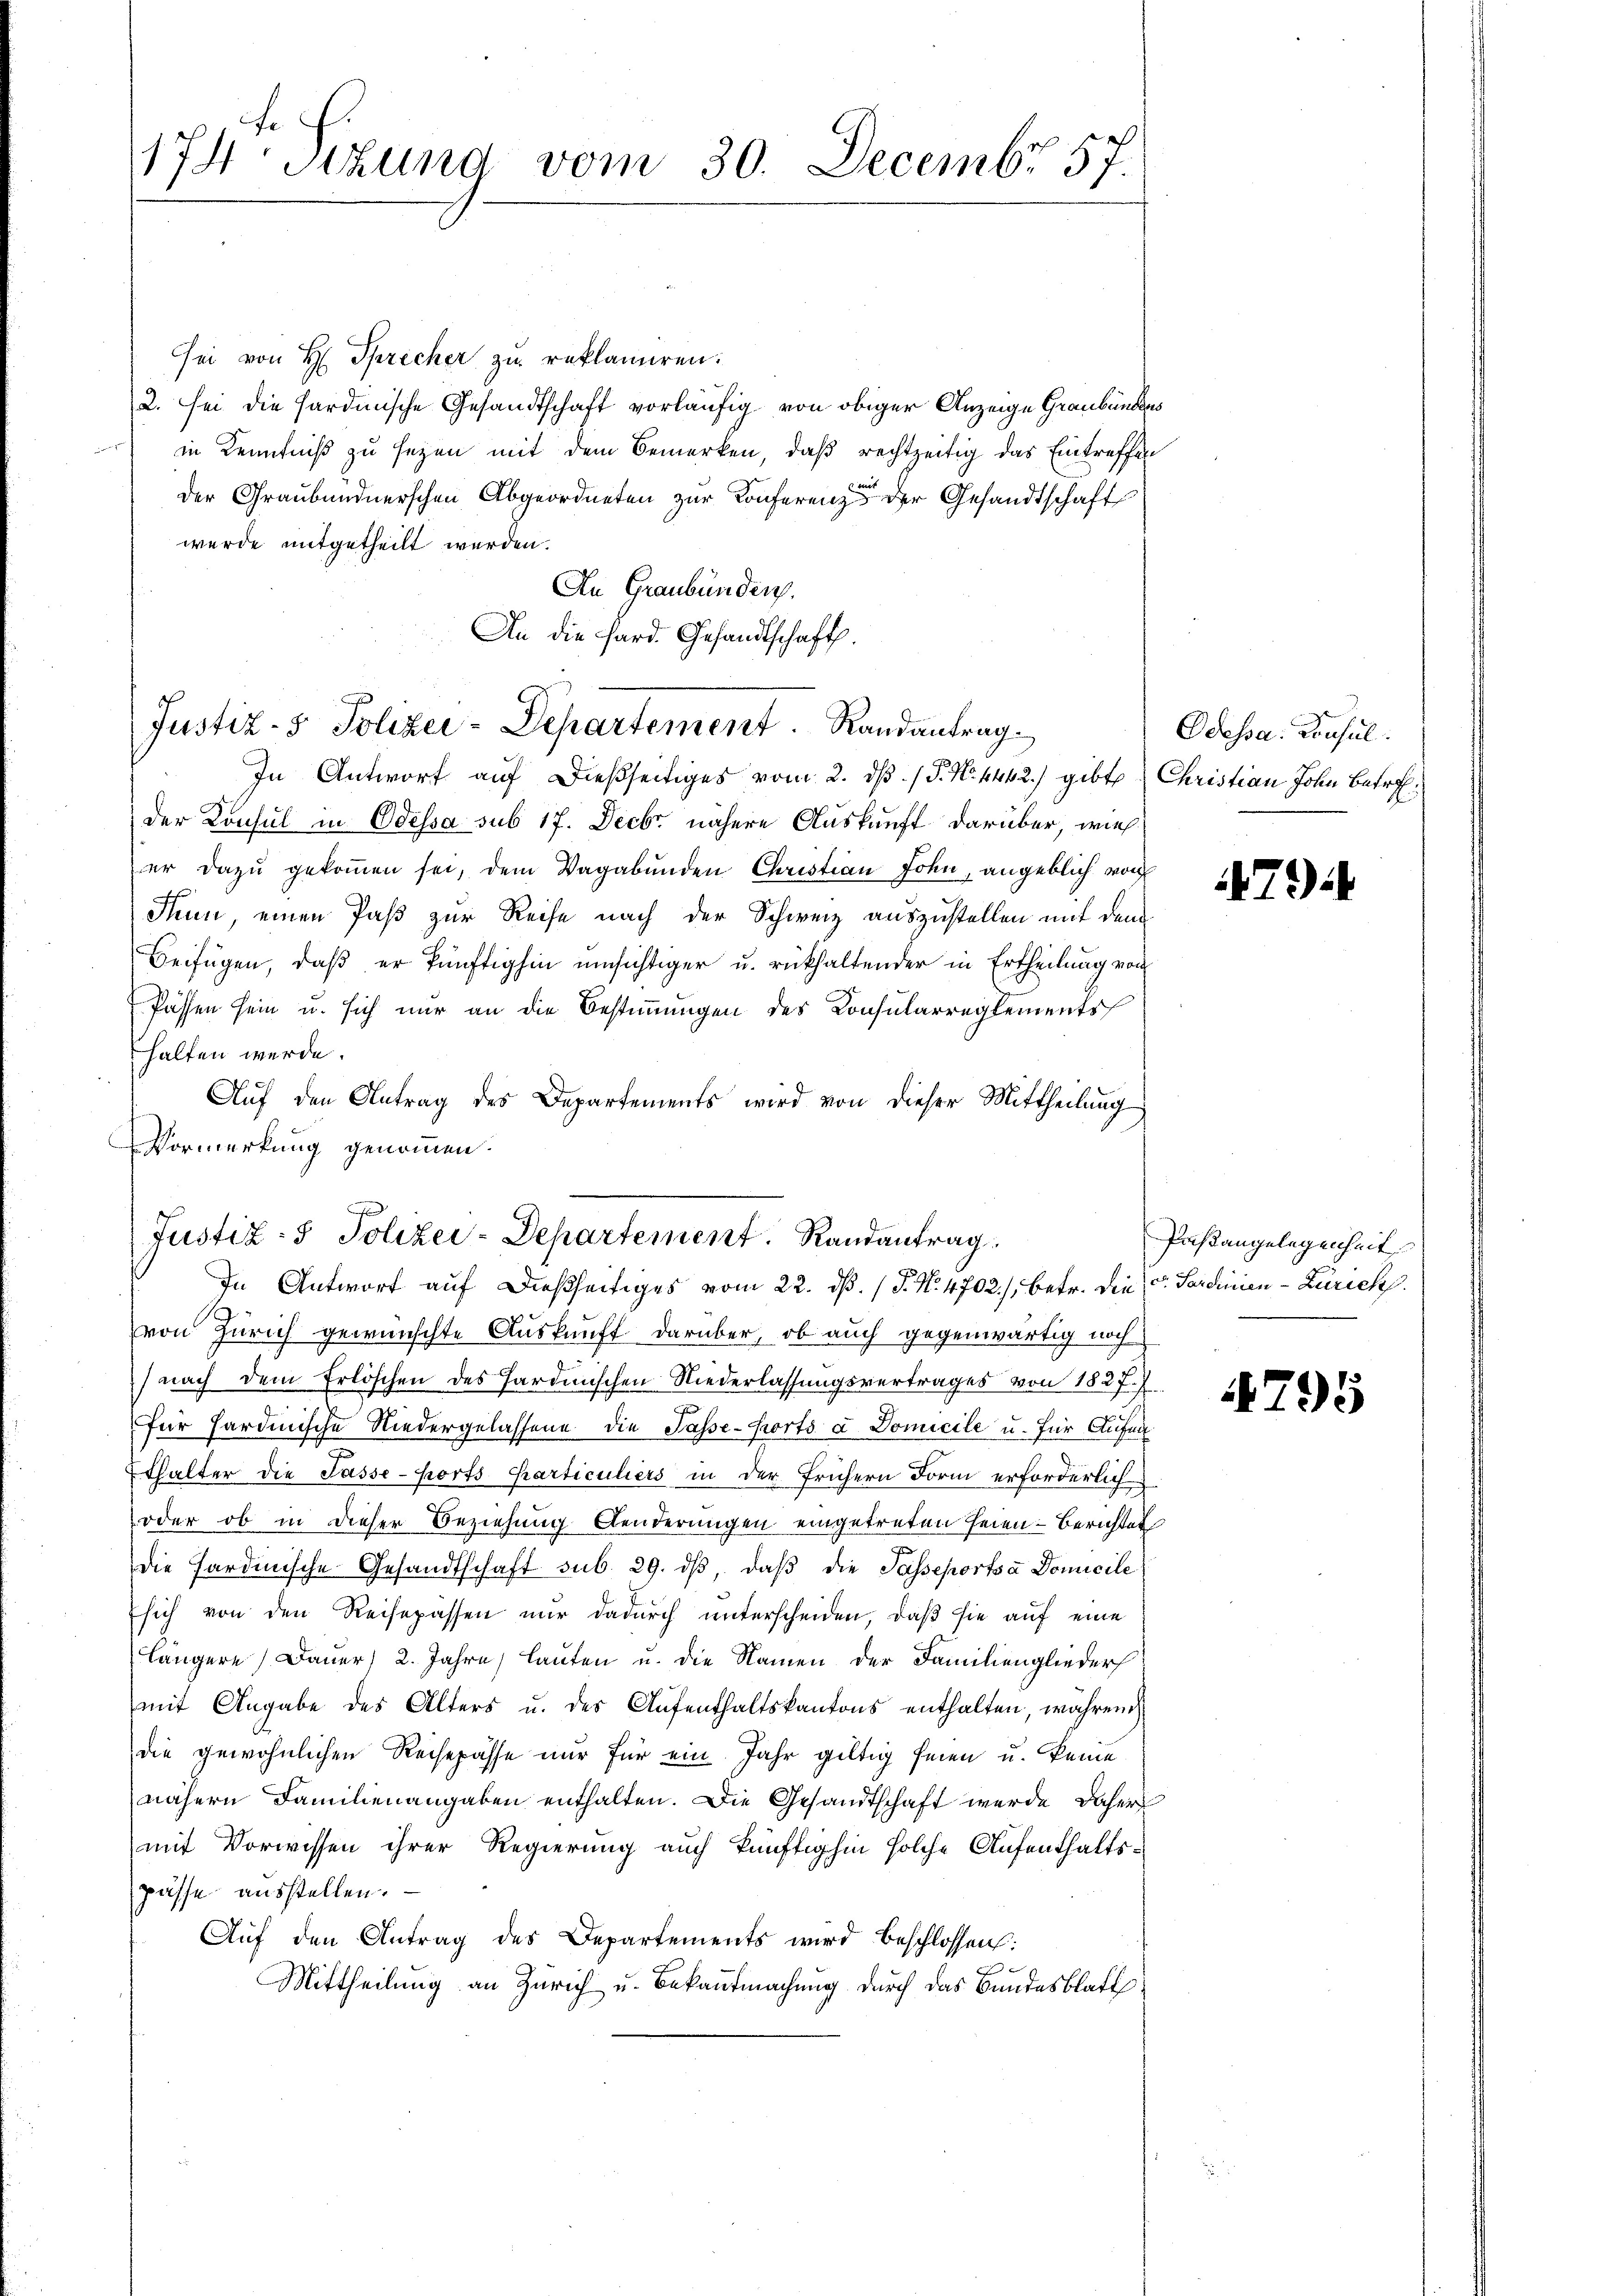
174 sizung vom 30. Decembr 57.

sei von H. Sprecher zu reklamiren.
2. sei die Sardinische Gesandtschaft vorläufig von obiger Anzeige Graubündens
in Kenntniß zu seyen mit dem Bemerken, daß rechtzeitig das Eintreffen
der Graubündnerschen Abgeordneten zur Konferenz der Gesandtschaft
wurde mitgetheilt werden.
An Graubünden.
An die Hard. Gesandtschaft.

Justiz- & Polizei-Departement. Randantrag

In Antwort auf dießseitiges vom 2. dß. / J. No. 4442) gibte Christian John Betref
der Konsul in Odessa sub 17. Decbr. nähere Auskunft darüber, wie
er dazu gekommen sei, dem Vagabunden Christian John, angeblich von
Sum, einen Paß zur Reise nach der Schweiz auszustellen mit dem
Beifügen, daß er künftighin umsichtiger u. rückhaltender in Ertheilung von
Passen sein u. sich nur an die Bestimmungen des Konsularreglements
halten werde.
Auf den Antrag des Departements wird von dieser Mittheilung
Vormerkung genommen.
von Zürich gewünschte Auskunft darüber, ob auch gegenwärtig noch
) nach dem Erlöschen des Sardinischen Niederlassungsvertrages von 1827.
für hardinische Niedergelassene die Pässe-Ports a Domicile u. für Aufen
Ethalter die Pässe-Ports Karticuliers in der frühern Form erforderlich
oder ob in dieser Beziehung Aenderungen eingetreten seien - Berichtet
die Sardinische Gesandtschaft sub. 29. dβ, daß die Passeportsa Domicile
sich von den Reisepassen nur dadurch unterscheiden, daβ sie auf eine
längere Dauer 2. Jahre, lauten u. die Namen der Familiengliederh
mit Angabe des Alters u. des Aufenthaltskantons enthalten, während
die gewöhnlichen Reisepässe nur für ein Jahr gültig seien u. keine
nähere Familienangaben enthalten. Die Gesandtschaft wurde daher
mit Vorwissen ihrer Regierung auch künftighin solche Aufenthaltspässe ausstellen.
Auf den Antrag des Departements wird beschlossen:
Mittheilung an Zürich u. Bekanntmachung durch das Bundesblatt

e
Justiz- & Polizei-Departement. Randantrag
In Antwort auf dießseitiges vom 22. dß. / P. Nr. 4702), betr. die v. Sardinien-Zürich

Odessa. Consul

79

Paßangelegenheit

4795